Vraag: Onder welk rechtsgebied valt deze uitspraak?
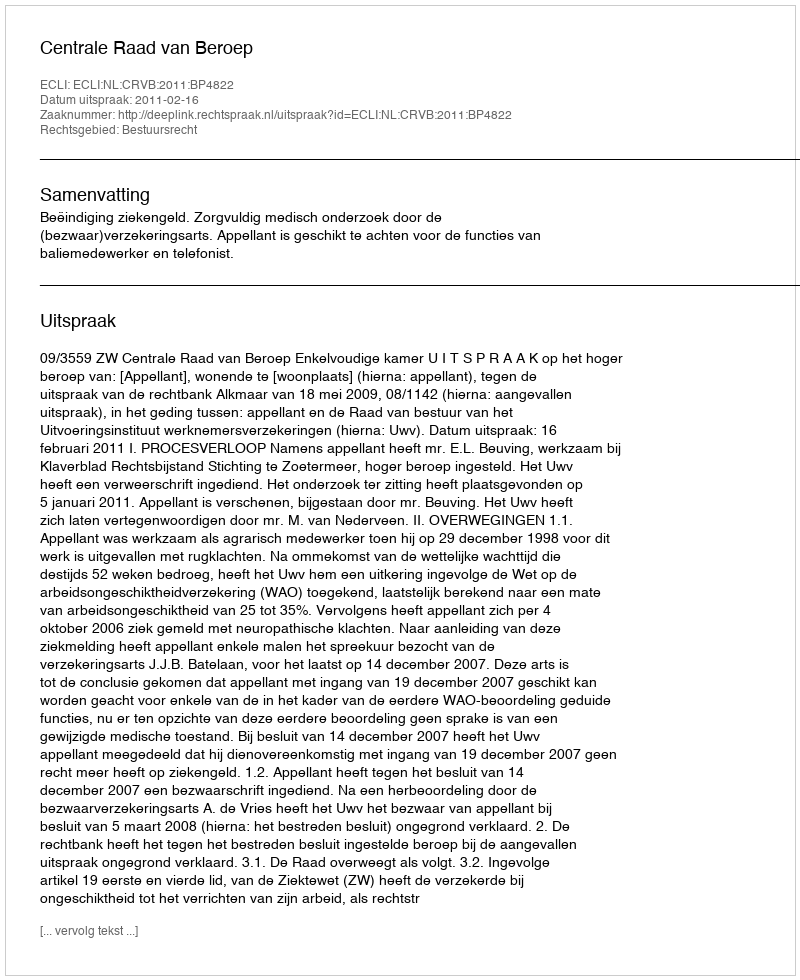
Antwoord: Bestuursrecht